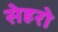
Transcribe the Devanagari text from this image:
सेहरो